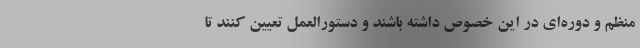
منظم و دوره‌ای در این خصوص داشته باشند و دستورالعمل تعیین کنند تا